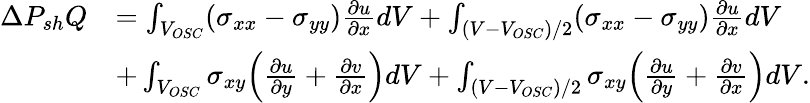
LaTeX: \begin{array}{rl}{\Delta P_{sh}Q}&{=\int_{V_{OSC}}(\sigma_{xx}-\sigma_{yy})\frac{\partial u}{\partial x}dV+\int_{(V-V_{OSC})/2}(\sigma_{xx}-\sigma_{yy})\frac{\partial u}{\partial x}dV}\\ &{+\int_{V_{OSC}}\sigma_{xy}\Bigl(\frac{\partial u}{\partial y}+\frac{\partial v}{\partial x}\Bigr)dV+\int_{(V-V_{OSC})/2}\sigma_{xy}\Bigl(\frac{\partial u}{\partial y}+\frac{\partial v}{\partial x}\Bigr)dV.}\end{array}